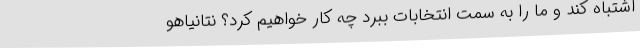
اشتباه کند و ما را به سمت انتخابات ببرد چه کار خواهیم کرد؟ نتانیاهو